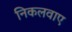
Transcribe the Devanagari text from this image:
निकलवाए